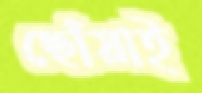
ছোঁয়াই